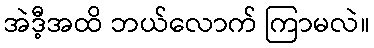
အဲဒီ့အထိ ဘယ်လောက် ကြာမလဲ။